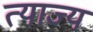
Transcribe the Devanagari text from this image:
त्‍याज्‍य